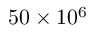
5 0 \times 1 0 ^ { 6 }